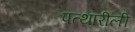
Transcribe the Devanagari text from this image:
पत्थारीली